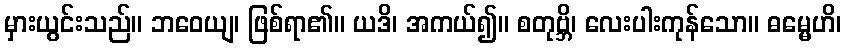
မှားယွင်းသည်။ ဘဝေယျ၊ ဖြစ်ရာ၏။ ယဒိ၊ အကယ်၍။ စတုဗ္ဘိ၊ လေးပါးကုန်သော။ ဓမ္မေဟိ၊